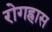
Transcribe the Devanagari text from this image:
रोगह्रास